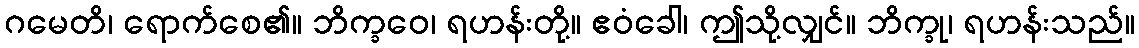
ဂမေတိ၊ ရောက်စေ၏။ ဘိက္ခဝေ၊ ရဟန်းတို့။ ဧဝံခေါ၊ ဤသို့လျှင်။ ဘိက္ခု၊ ရဟန်းသည်။